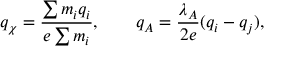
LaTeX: q _ { \chi } = \frac { \sum m _ { i } q _ { i } } { e \sum m _ { i } } , \qquad q _ { A } = \frac { \lambda _ { A } } { 2 e } ( q _ { i } - q _ { j } ) ,